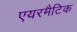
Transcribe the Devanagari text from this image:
एयरमैटिक